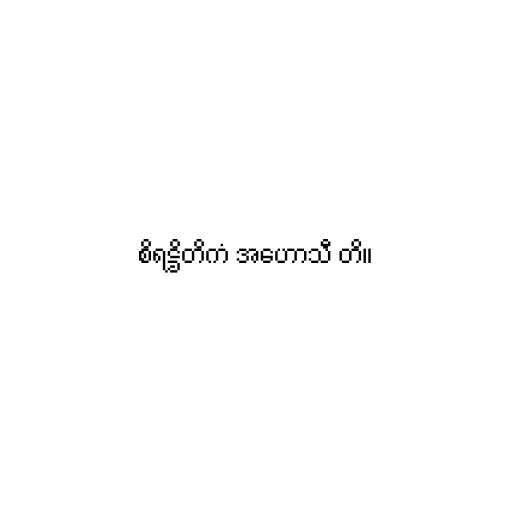
စိရဋ္ဌိတိကံ အဟောသီ တိ။